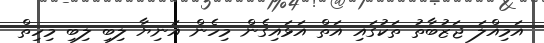
އަމިއްލަ ޖަޒުބާތު ތަކުގައި އަތް އަޅައިގެން މިހެން އަނިޔާ ލިބި ލިބި މިހިތް